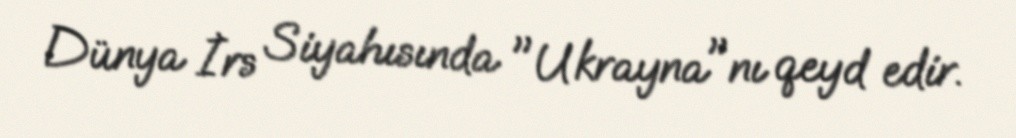
Dünya İrs Siyahısında "Ukrayna"nı qeyd edir.